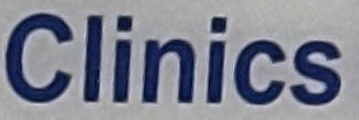
Clinics